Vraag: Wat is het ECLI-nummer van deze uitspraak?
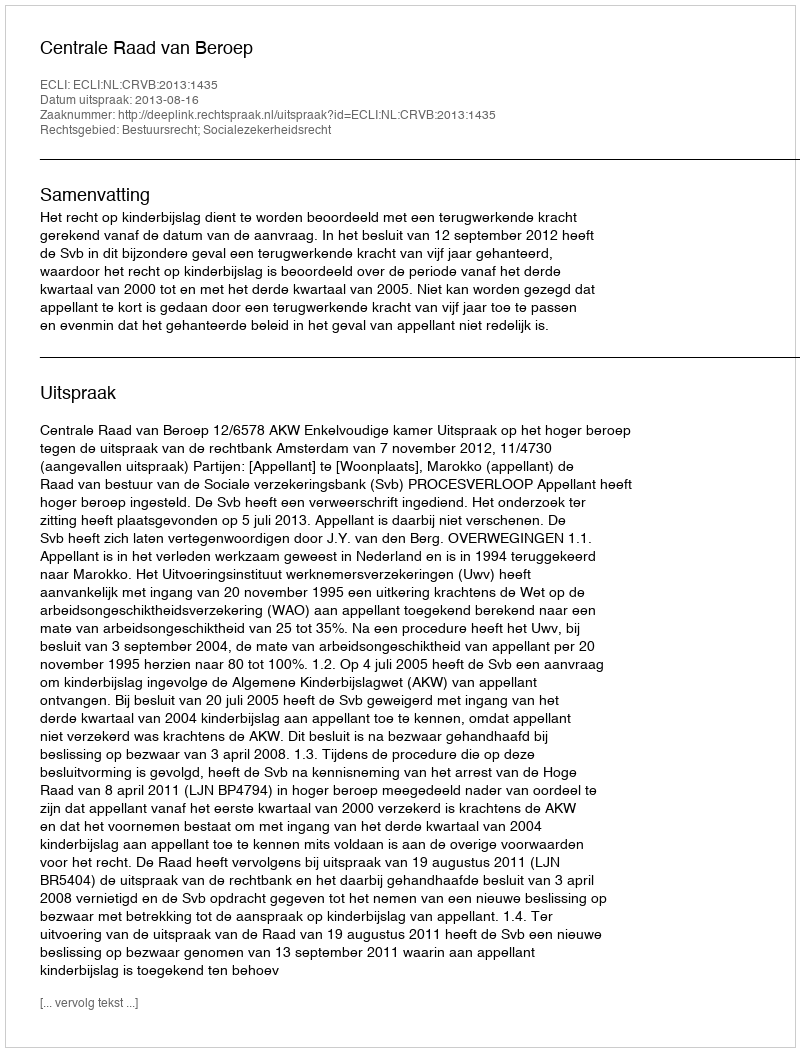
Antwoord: ECLI:NL:CRVB:2013:1435